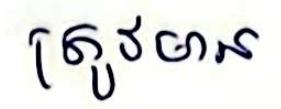
ត្រូវមាន